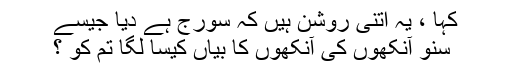
کہا ، یہ اتنی روشن ہیں کہ سُورج ہے دیا جیسے
سُنو آنکھوں کی آنکھوں کا بیاں کیسا لگا تُم کو ؟